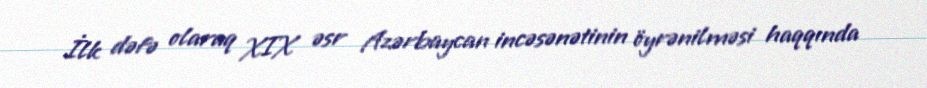
İlk dəfə olaraq XIX əsr Azərbaycan incəsənətinin öyrənilməsi haqqında